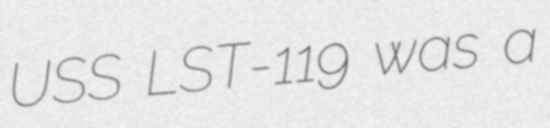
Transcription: USS LST-119 was a